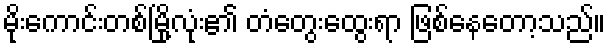
မိုးကောင်းတစ်မြို့လုံး၏ တံတွေးထွေးရာ ဖြစ်နေတော့သည်။